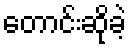
တောင်းဆိုခဲ့